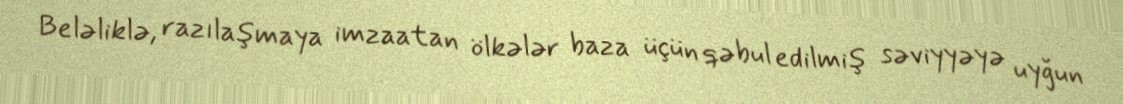
Beləliklə, razılaşmaya imzaatan ölkələr baza üçün qəbul edilmiş səviyyəyə uyğun